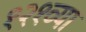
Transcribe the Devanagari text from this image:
१२१व्या